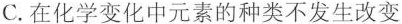
C.在化学变化中元素的种类不发生改变